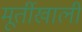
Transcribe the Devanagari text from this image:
मूर्तीखाली